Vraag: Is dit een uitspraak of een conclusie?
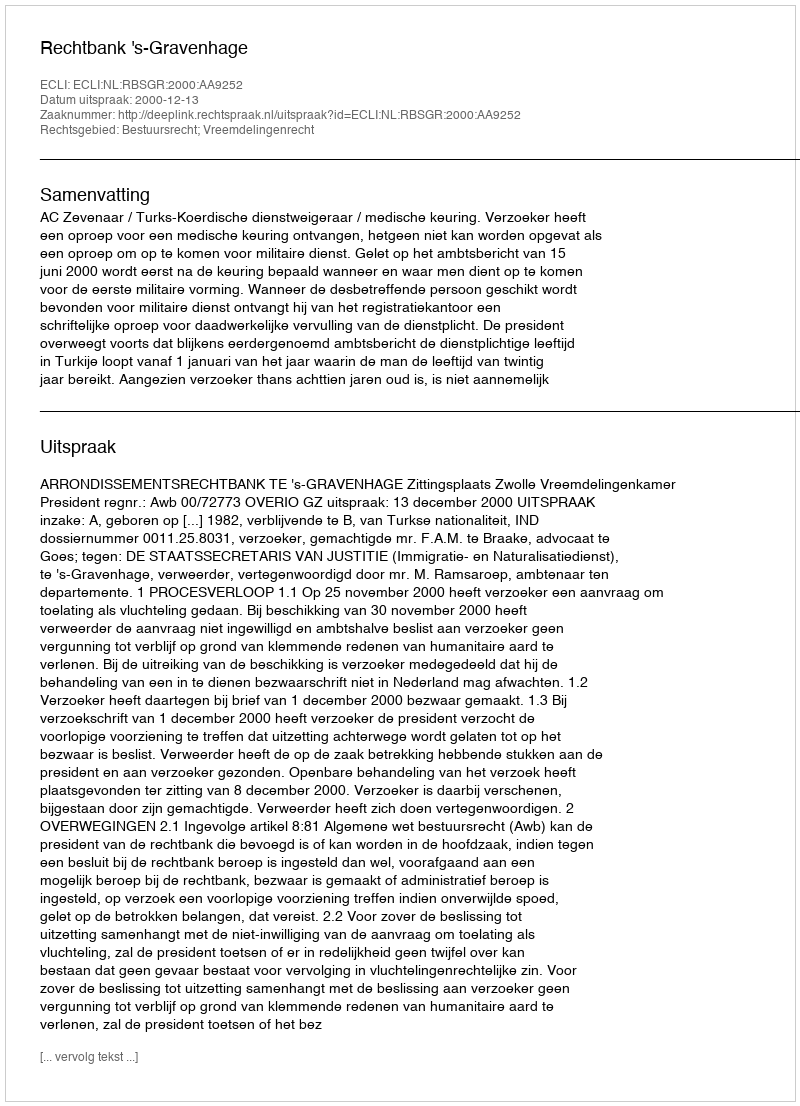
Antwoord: Uitspraak